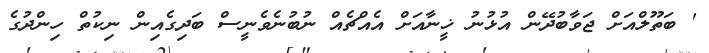
' ބަތޫލްއަށް ޖަވާބުދޭން އުޅުނު ޚީނާއަށް އެއްޗެއް ނުބުނެވެނީސް ބަދިގެއިން ނިކުތް ހިންދުގެ